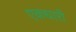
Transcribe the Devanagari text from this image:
एकधारी